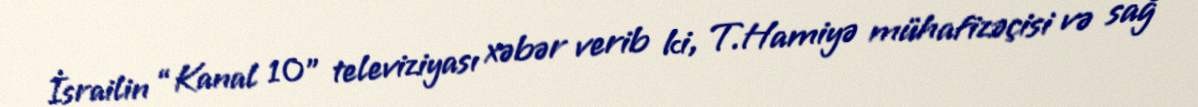
İsrailin “Kanal 10" televiziyası xəbər verib ki, T.Hamiyə mühafizəçisi və sağ